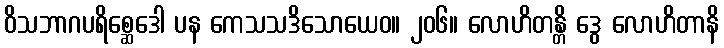
ဝိသဘာဂပရိစ္ဆေဒေါ ပန ကေသသဒိသောယေဝ။ ၂၀၆။ လောဟိတန္တိ ဒွေ လောဟိတာနိ